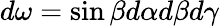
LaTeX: d\omega=\sin\beta d\alpha d\beta d\gamma